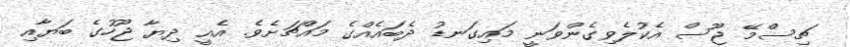
ޗިސްމޭ ޖޫސް އެކުލެވިގެންވަނީ މައިގަނޑު ދެބައެއްގެ މައްޗަށެވެ. އެއީ ދިޔާ ޖޫހުގެ ބަޔާއި